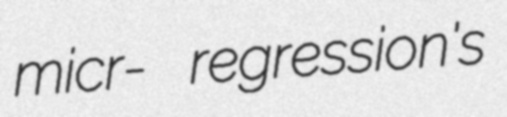
micr- regression's